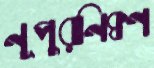
নূপুরনিক্বণ